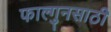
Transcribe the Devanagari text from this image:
फाल्गुनसाठी